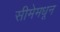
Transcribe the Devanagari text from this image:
सीमेमधून